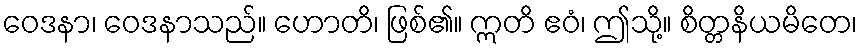
ဝေဒနာ၊ ဝေဒနာသည်။ ဟောတိ၊ ဖြစ်၏။ ဣတိ ဧဝံ၊ ဤသို့။ စိတ္တနိယမိတေ၊